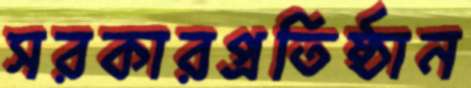
সরকারপ্রতিষ্ঠান